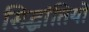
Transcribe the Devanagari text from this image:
सिद्धांतियों